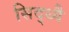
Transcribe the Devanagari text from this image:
सिद्ध्यै